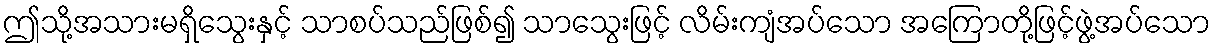
ဤသို့အသားမရှိသွေးနှင့် သာစပ်သည်ဖြစ်၍ သာသွေးဖြင့် လိမ်းကျံအပ်သော အကြောတို့ဖြင့်ဖွဲ့အပ်သော